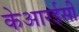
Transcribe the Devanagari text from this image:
केआरईसी